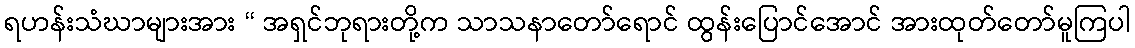
ရဟန်းသံဃာများအား “ အရှင်ဘုရားတို့က သာသနာတော်ရောင် ထွန်းပြောင်အောင် အားထုတ်တော်မူကြပါ